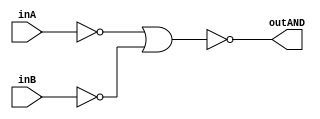
/* CSED273 lab1 experiment 2_i */
/* lab1_2_i.v */


/* Implement AND with {OR, NOT}
 * You are only allowed to wire modules together */
module lab1_2_i(outAND, inA, inB);
    output wire outAND;
    input wire inA, inB;
    
    wire a;
    wire b;
    wire c;
    not(a, inA);
    not(b, inB);
    or(c, a, b);
    not(outAND, c);

endmodule